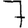
Digit: 7